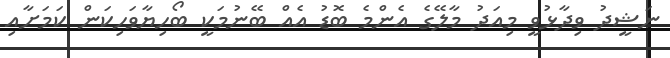
ނަޝީދު ވިދާޅުވީ މިއަދު މާލޭގެ އެންމެ ބޮޑު އެއް ބޭނުމަކީ ބޯހިޔާވަހިކަން ކަމަށާއި